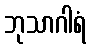
ဘုသာဂါရံ